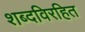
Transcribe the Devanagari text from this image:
शब्दविरहित